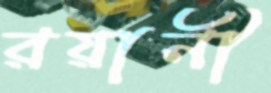
রয়ানী